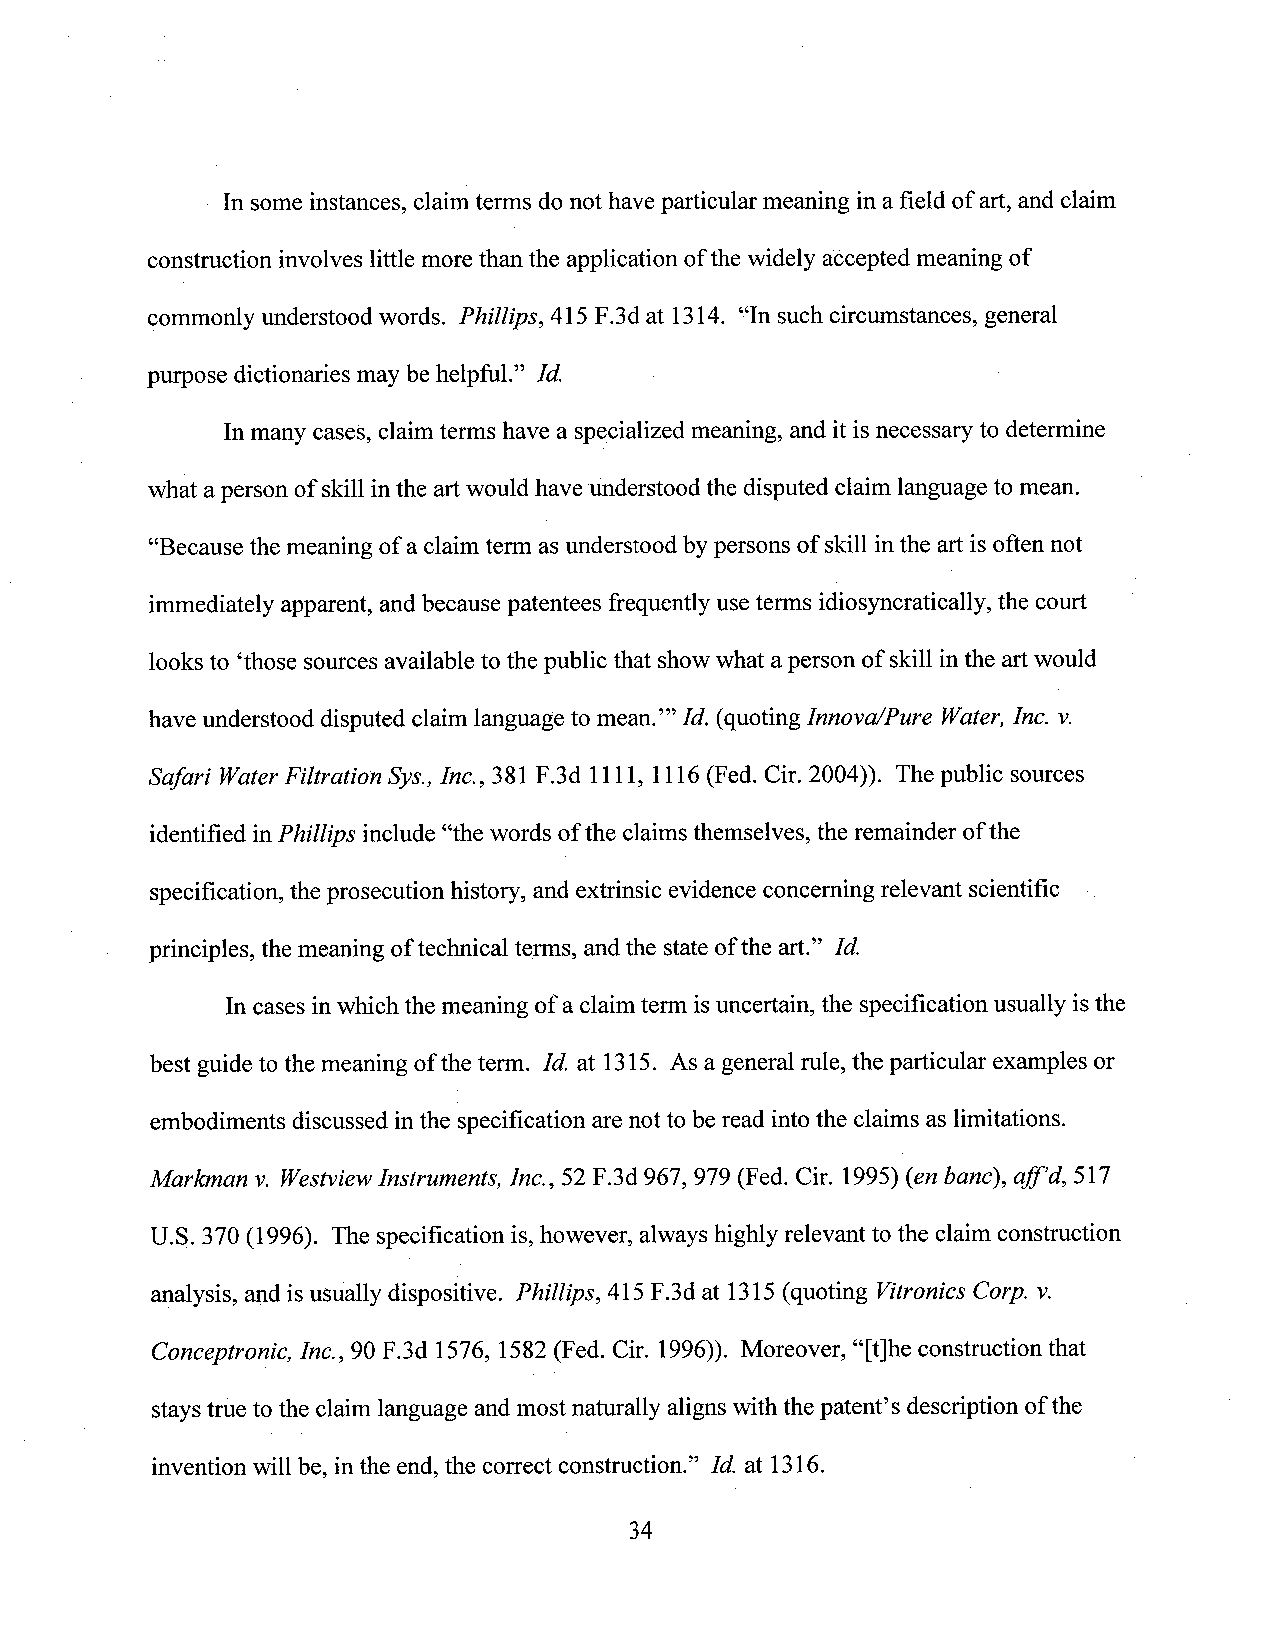
' In some instances, claim terms donot haveparticular meaning in a field of art, and claim
 construction involveslittle morethan the application ofthe widely accepted meaning of
 commonly understood words. Phillips, 415 F.3d at 1314. “In such circumstances, general
 purpose dictionaries may be helpful.” Id.               I
 Inmany cases, claim terms have a specialized meaning, and it is necessary to determine
 what aperson of skillinthe art would have understood the disputed claim language to mean.
 “Because the meaning of a claimterm asunderstood bypersons of skill inthe art is often not
 immediately apparent, and because patentees frequentlyuseterms idiosyncratically, the court
 looks to ‘those sourcesavailable to the public that showwhat aperson of skill inthe art would
 have Lmderstooddisputed claim language to mean.”’ Id. (quoting Innova/Pure Water,Inc.
 Safari WaterFiltration Sys.,Inc., 381 F.3d 1111, 1116(Fed. Cir. 2004)). The public sources
 identified inPhillips include“the words ofthe claimsthemselves, the remainder ofthe
 specification, the prosecution history, and extrinsic evidence conceming relevant scientific V
 principles, the meaning oftechnical terms, and the state ofthe art.” Id.
 In cases inwhichthe meaning of a claimterm isuncertain, the specification usually isthe
 best guideto themeaning ofthe term. Id. at 1315. As a general rule, the particular examples or
 embodiments discussed inthe specification are not to beread into the claims as limitations.
 Markman v. WestviewInstruments, Inc., 52 F.3d 967, 979 (Fed. Cir. 1995) (en banc), a]j"d, 517
 U.S. 370 (1996). The specification is,however, alwayshighly relevant to the claim construction
 analysis, and is usually dispositive. Phillips, 415 F.3d at 1315 (quoting VitronicsCorp. v.
 Conceptronic, Inc, 90F.3d 1576, 1582(Fed. Cir. 1996)). Moreover, “[t]he construction that
 staystrue to the claimlanguage and most naturally alignswiththe patent’s description ofthe
 invention will be, in the end, the correct construction.” Id. at 1316.
 34